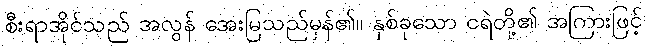
စီးရာအိုင်သည် အလွန် အေးမြသည်မှန်၏။ နှစ်ခုသော ငရဲတို့၏ အကြားဖြင့်